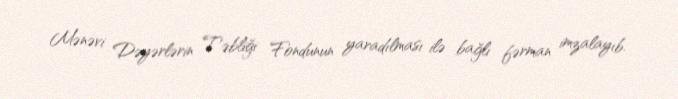
Mənəvi Dəyərlərin Təbliği Fondunun yaradılması ilə bağlı fərman imzalayıb.